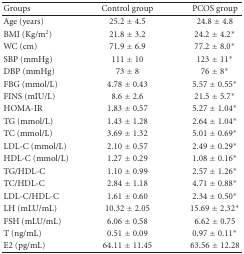
| Groups | Control group | PCOS group |
 | --- | --- | --- |
 | Age (years) | 25.2 ± 4.5 | 24.8 ± 4.8 |
 | BMI (Kg/m2) | 21.8 ± 3.2 | 24.2 ± 4.2∗ |
 | WC (cm) | 71.9 ± 6.9 | 77.2 ± 8.0∗ |
 | SBP (mmHg) | 111 ± 10 | 123 ± 11∗ |
 | DBP (mmHg) | 73 ± 8 | 76 ± 8∗ |
 | FBG (mmol/L) | 4.78 ± 0.43 | 5.57 ± 0.55∗ |
 | FINS (mIU/L) | 8.6 ± 2.6 | 21.5 ± 5.7∗ |
 | HOMA-IR | 1.83 ± 0.57 | 5.27 ± 1.04∗ |
 | TG (mmol/L) | 1.43 ± 1.28 | 2.64 ± 1.04∗ |
 | TC (mmol/L) | 3.69 ± 1.32 | 5.01 ± 0.69∗ |
 | LDL-C (mmol/L) | 2.10 ± 0.57 | 2.49 ± 0.29∗ |
 | HDL-C (mmol/L) | 1.27 ± 0.29 | 1.08 ± 0.16∗ |
 | TG/HDL-C | 1.10 ± 0.99 | 2.57 ± 1.26∗ |
 | TC/HDL-C | 2.84 ± 1.18 | 4.71 ± 0.88∗ |
 | LDL-C/HDL-C | 1.61 ± 0.60 | 2.34 ± 0.50∗ |
 | LH (mLU/mL) | 10.32 ± 2.05 | 15.69 ± 2.32∗ |
 | FSH (mLU/mL) | 6.06 ± 0.58 | 6.62 ± 0.75 |
 | T (ng/mL) | 0.51 ± 0.09 | 0.97 ± 0.11∗ |
 | E2 (pg/mL) | 64.11 ± 11.45 | 63.56 ± 12.28 |